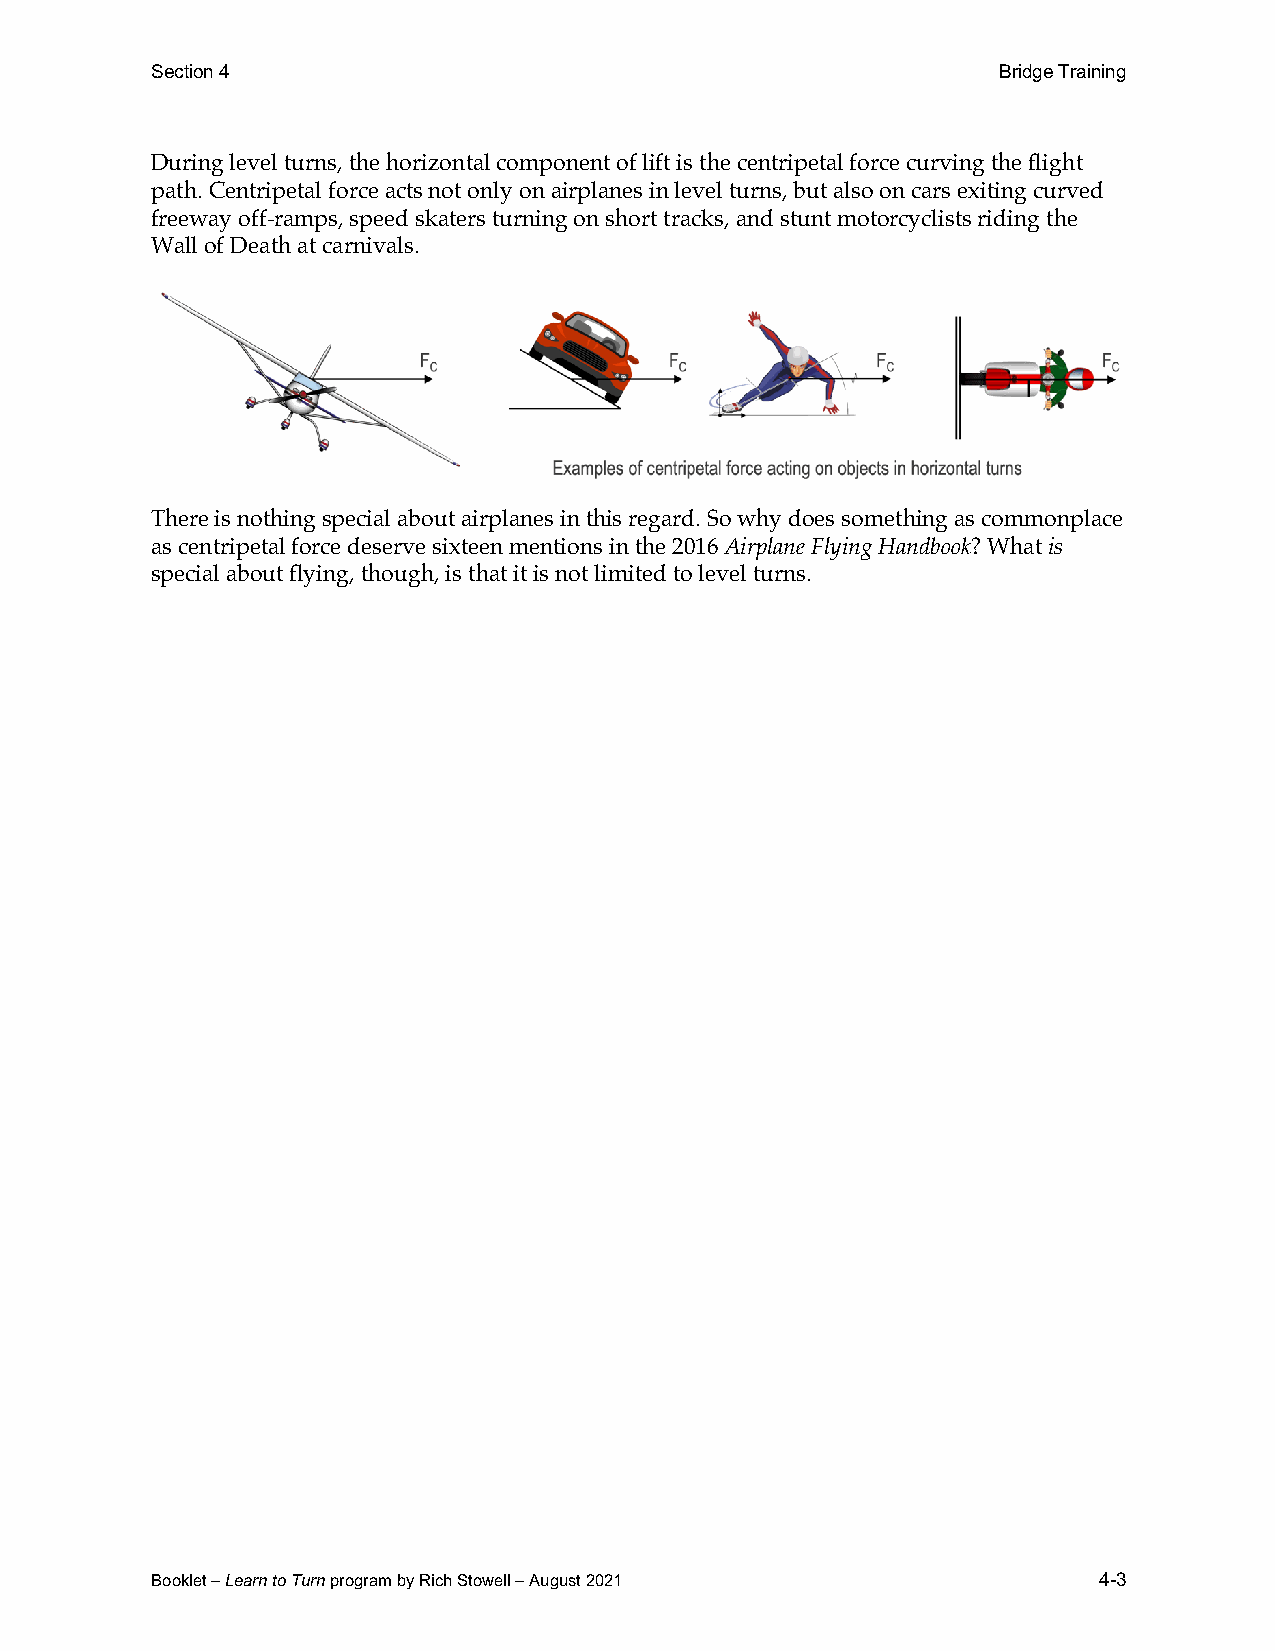
Section 4                                               Bridge Training
 During level turns, the horizontal component of lift is the centripetal force curving the flight
 path. Centripetal force acts not only on airplanes in level turns, but also on cars exiting curved
 freeway off-ramps, speed skaters turning on short tracks, and stunt motorcyclists riding the
 Wall of Death at carnivals.
 There is nothing special about airplanes in this regard. So why does something as commonplace
 as centripetal force deserve sixteen mentions in the 2016 Airplane Flying Handbook? What is
 special about flying, though, is that it is not limited to level turns.
 Booklet – Learn to Turn program by Rich Stowell – August 2021  4-3